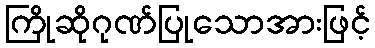
ကြိုဆိုဂုဏ်ပြုသောအားဖြင့်